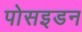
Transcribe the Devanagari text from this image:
पोसइडन